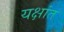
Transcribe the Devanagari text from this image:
यक्षांत